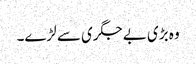
وہ بڑی بے جگری سے لڑے۔